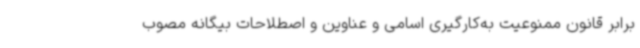
برابر قانون ممنوعیت به‌کارگیری اسامی و عناوین و اصطلاحات بیگانه مصوب